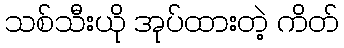
သစ်သီးယို အုပ်ထားတဲ့ ကိတ်